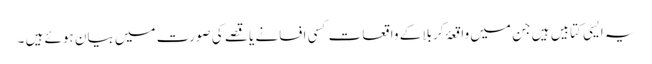
یہ ایسی کتابیں ہیں جن میں واقعۂ کربلا کے واقعات کسی افسانے یا قصے کی صورت میں بیان ہوئے ہیں ۔